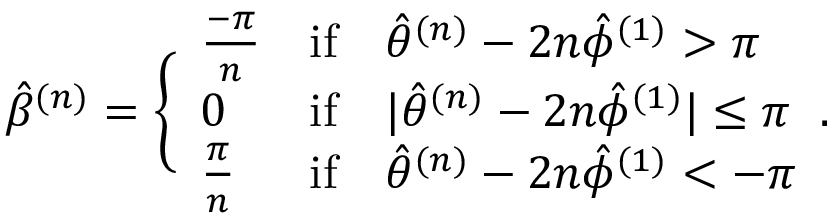
\hat { \beta } ^ { ( n ) } = \Bigg \{ \begin{array} { l l l } { \frac { - \pi } { n } } & { \mathrm { i f } } & { \hat { \theta } ^ { ( n ) } - 2 n \hat { \phi } ^ { ( 1 ) } > \pi } \\ { 0 } & { \mathrm { i f } } & { | \hat { \theta } ^ { ( n ) } - 2 n \hat { \phi } ^ { ( 1 ) } | \leq \pi } \\ { \frac { \pi } { n } } & { \mathrm { i f } } & { \hat { \theta } ^ { ( n ) } - 2 n \hat { \phi } ^ { ( 1 ) } < - \pi } \end{array} .